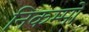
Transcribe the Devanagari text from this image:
निकम्मों